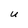
Character: U